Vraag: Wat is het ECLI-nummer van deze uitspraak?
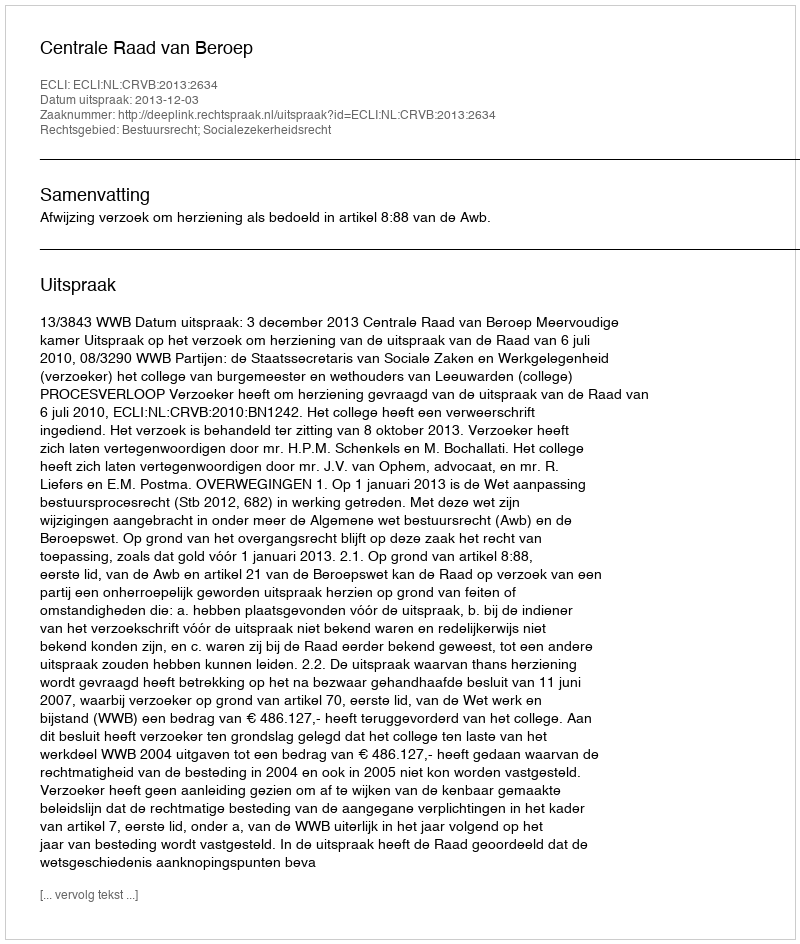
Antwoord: ECLI:NL:CRVB:2013:2634